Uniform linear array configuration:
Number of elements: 32
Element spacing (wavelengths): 0.25
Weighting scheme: hamming
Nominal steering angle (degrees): -15
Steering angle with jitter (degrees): -15.19
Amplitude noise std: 0.05
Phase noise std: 0.05

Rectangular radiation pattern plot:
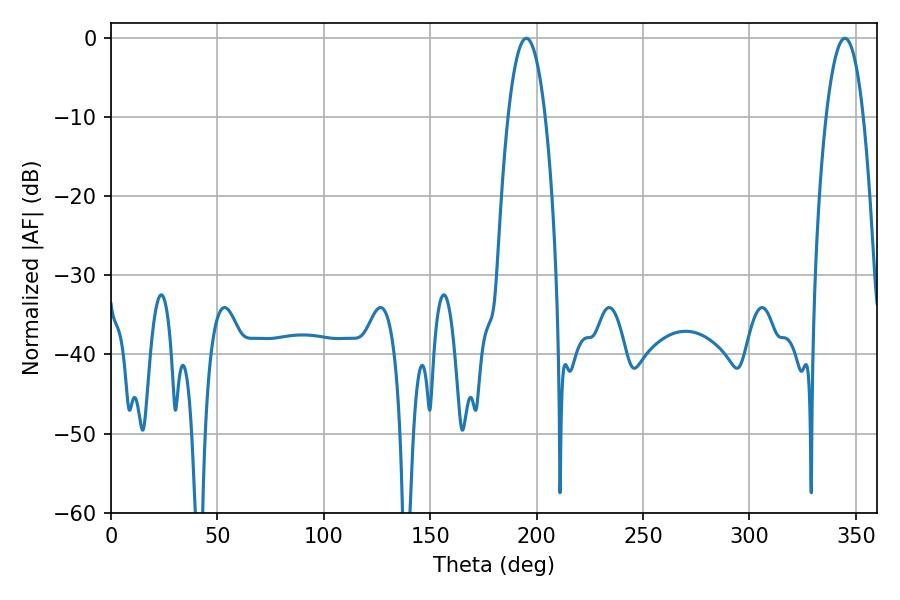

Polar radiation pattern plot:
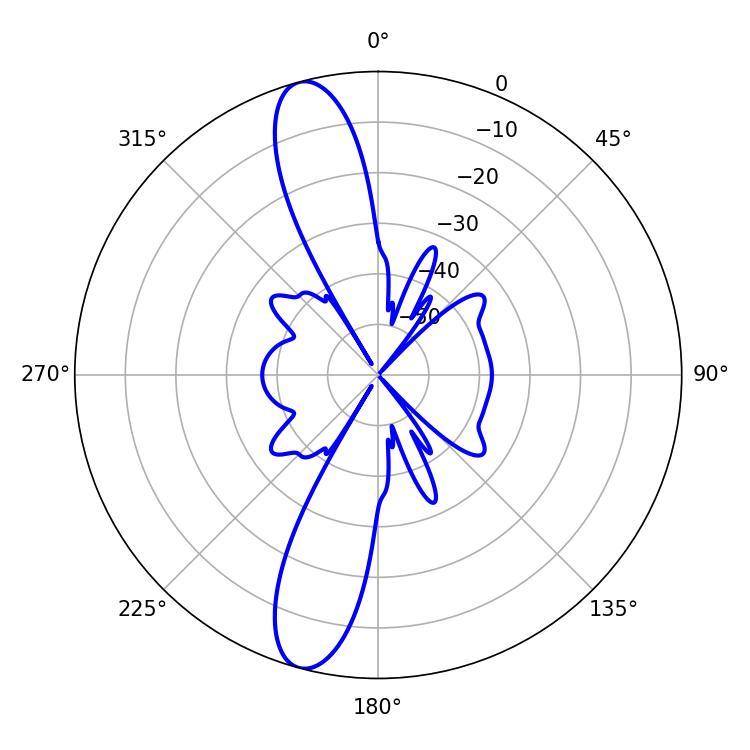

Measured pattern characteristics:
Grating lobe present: FALSE
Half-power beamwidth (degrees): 9.72
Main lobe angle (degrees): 195.12